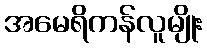
အမေရိကန်လူမျိုး